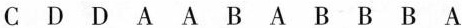
C D D A A B A B B B A